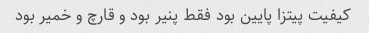
کیفیت پیتزا پایین بود فقط پنیر بود و قارچ و خمیر بود